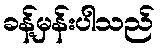
ခန့်မှန်းပါသည်